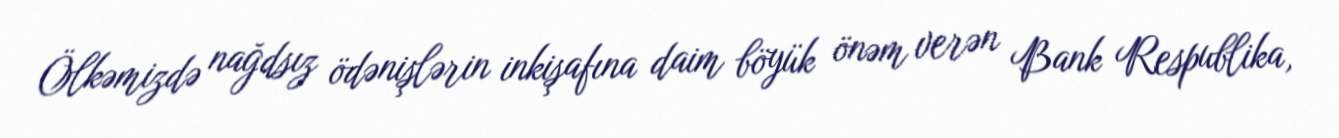
Ölkəmizdə nağdsız ödənişlərin inkişafına daim böyük önəm verən Bank Respublika,